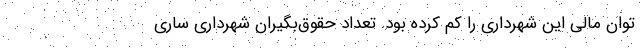
توان مالی این شهرداری را کم کرده بود. تعداد حقوق‌بگیران شهرداری ساری